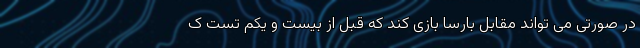
در صورتی می تواند مقابل بارسا بازی کند که قبل از بیست و یکم تست ک